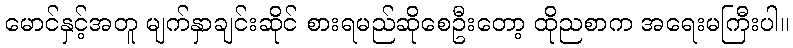
မောင်နှင့်အတူ မျက်နှာချင်းဆိုင် စားရမည်ဆိုစေဦးတော့ ထိုညစာက အရေးမကြီးပါ။